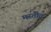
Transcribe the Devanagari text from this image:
मस्तीत